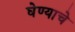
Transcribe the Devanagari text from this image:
घेण्‍याचे